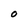
Character: O